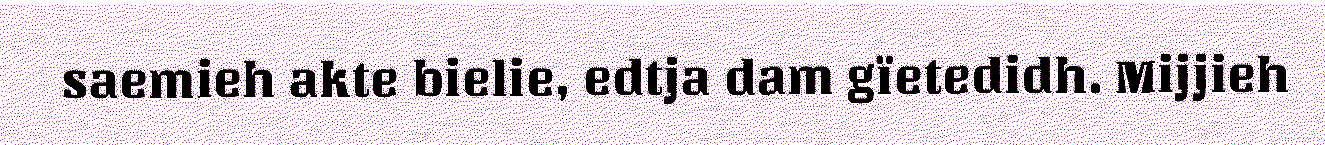
saemieh akte bielie, edtja dam gïetedidh. Mijjieh